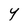
Character: Y